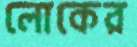
লোকের